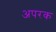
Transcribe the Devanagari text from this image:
अपरक